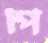
পি